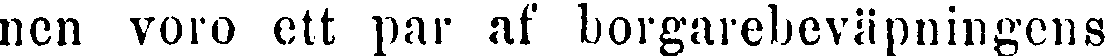
nen voro ett par af borgarebeväpningens